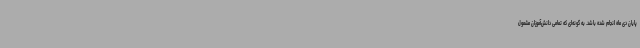
پایان دی ماه انجام شده باشد. به گونه‌ای که تمامی دانش‌آموزان مشمول